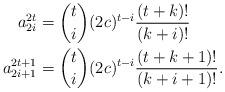
LaTeX: \begin{align*}a_{2i}^{2t} &=\binom{t}{i} (2c)^{t-i} \frac{(t+k)!}{(k+i)!} \\a_{2i+1}^{2t+1}&=\binom{t}{i} (2c)^{t-i} \frac{(t+k+1)!}{(k+i+1)!}.\end{align*}